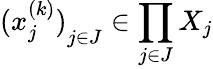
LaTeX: {(x_{j}^{(k)})}_{j\in J}\in\prod_{j\in J}X_{j}